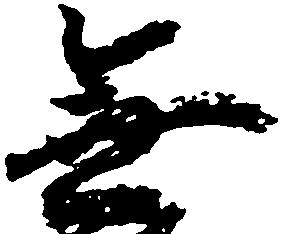
無